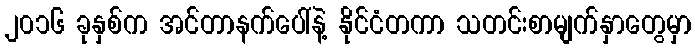
၂၀၁၆ ခုနှစ်က အင်တာနက်ပေါ်နဲ့ နိုင်ငံတကာ သတင်းစာမျက်နှာတွေမှာ